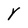
Character: Y